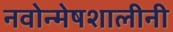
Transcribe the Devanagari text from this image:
नवोन्मेषशालीनी